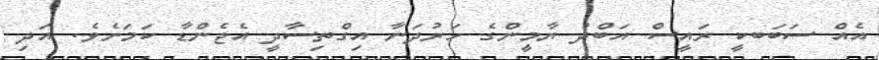
އެއް ސަބަބކީ ރައީސް އަބްދު ޔާމީންގެ ހަރުދަނާ އިގްތިސާދީ އެޖެންޑާ ކަމަށެވެ. އަދި